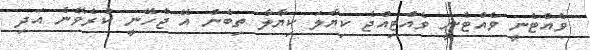
ވެއްޓެނީ ވެއްޓެނީ ވެއްޓިއްޖެ ކިޔާލަ ކިޔާލާ ތިބެން އޭ ޖެހޭނީ ކުރެވޭނެ އަދި